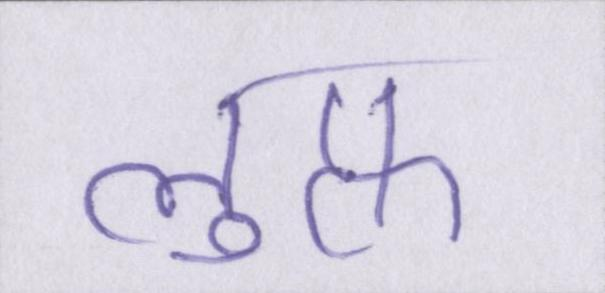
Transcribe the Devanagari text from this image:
लुत्फ